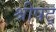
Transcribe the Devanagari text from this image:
श्रीषट्